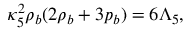
\kappa _ { 5 } ^ { 2 } \rho _ { b } ( 2 \rho _ { b } + 3 p _ { b } ) = 6 \Lambda _ { 5 } ,